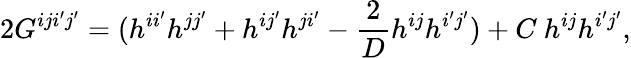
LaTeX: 2G^{iji^{\prime}j^{\prime}}=(h^{ii^{\prime}}h^{jj^{\prime}}+h^{ij^{\prime}}h^{ji^{\prime}}-\frac{2}{D}h^{ij}h^{i^{\prime}j^{\prime}})+C~h^{ij}h^{i^{\prime}j^{\prime}},